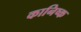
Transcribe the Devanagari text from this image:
कानिष्क